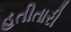
હતીતારી